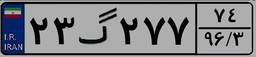
۸۷گ۱۹۵۵۶